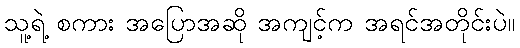
သူ့ရဲ့ စကား အပြောအဆို အကျင့်က အရင်အတိုင်းပဲ။